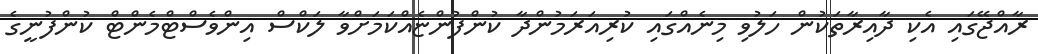
ރާއްޖޭގައި އެކި ދާއިރާތަކުން ހަލުވި މިނެއްގައި ކުރިއަރަމުންދާ ކުންފުންޏެއްކަމަށްވާ ލަކްސް އިންވެސްޓްމެންޓް ކުންފުނީގެ